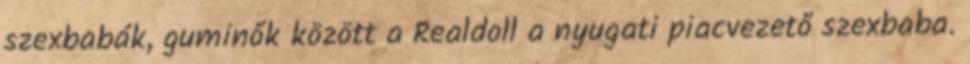
szexbabák, guminők között a Realdoll a nyugati piacvezető szexbaba.